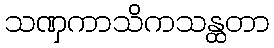
သဏှကာသိကသန္ထတာ